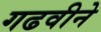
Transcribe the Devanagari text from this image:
गढवीने